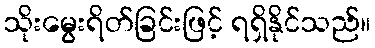
သိုးမွေးရိတ်ခြင်းဖြင့် ရရှိနိုင်သည်။